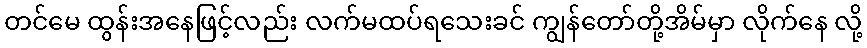
တင်မေ ထွန်းအနေဖြင့်လည်း လက်မထပ်ရသေးခင် ကျွန်တော်တို့အိမ်မှာ လိုက်နေ လို့